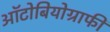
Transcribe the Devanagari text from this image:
ऑटोबियोग्राफी